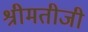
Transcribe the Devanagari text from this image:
श्रीमतीजी